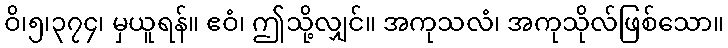
ဝိ၊၅၊၃၇၄၊ မှယူရန်။ ဧဝံ၊ ဤသို့လျှင်။ အကုသလံ၊ အကုသိုလ်ဖြစ်သော။